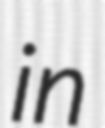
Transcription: in